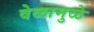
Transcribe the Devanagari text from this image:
वेळामुळे